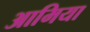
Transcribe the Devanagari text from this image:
आमिया